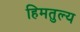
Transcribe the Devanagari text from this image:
हिमतुल्य